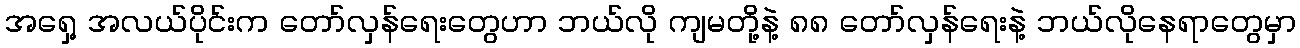
အရှေ့ အလယ်ပိုင်းက တော်လှန်ရေးတွေဟာ ဘယ်လို ကျမတို့နဲ့ ၈၈ တော်လှန်ရေးနဲ့ ဘယ်လိုနေရာတွေမှာ